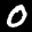
Label: 0